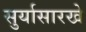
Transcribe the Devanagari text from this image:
सुर्यासारखे